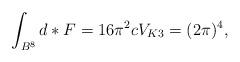
LaTeX: \begin{align*}\int_{B^{8}} d \ast F = 16 \pi^2 c V_{K3} = (2 \pi)^4,\end{align*}